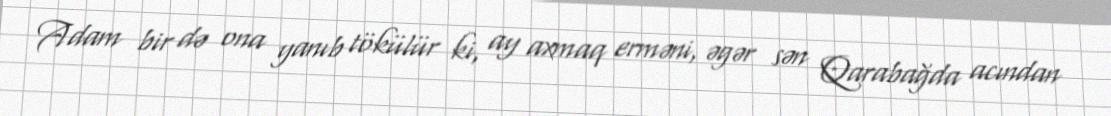
Adam bir də ona yanıb tökülür ki, ay axmaq erməni, əgər sən Qarabağda acından